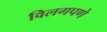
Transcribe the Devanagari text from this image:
विलगपणे